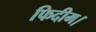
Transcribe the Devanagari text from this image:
फिदीम।